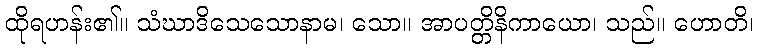
ထိုရဟန်း၏။ သံဃာဒိသေသောနာမ၊ သော။ အာပတ္တိနိကာယော၊ သည်။ ဟောတိ၊